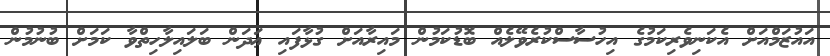
އައުޒަމްއަށް އެކަނިވެރިކަމުގެ އިހުސާސްކުރެވޭލެއް ބޮޑުކަމުން މައިރާއަށް ގުޅާފައި ޢަދަން ބަލައިލާހިތްވާ ކަމަށް ބުނުމުން